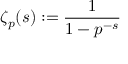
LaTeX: \zeta _ { p } ( s ) : = { \frac { 1 } { 1 - p ^ { - s } } }